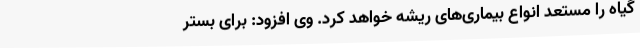
گیاه را مستعد انواع بیماری‌های ریشه خواهد کرد. وی افزود: برای بستر